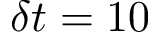
\delta t = 1 0